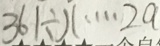
3 6 1 \div x \cdots 2 a